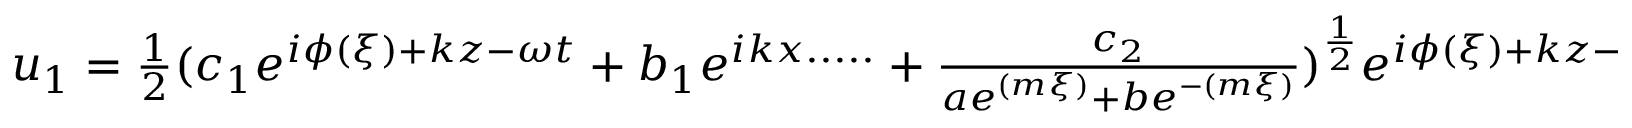
\begin{array} { r } { u _ { 1 } = \frac { 1 } { 2 } ( c _ { 1 } e ^ { i \phi ( \xi ) + k z - \omega t } + b _ { 1 } e ^ { i k x . . . . . } + \frac { c _ { 2 } } { a e ^ { ( m \xi ) } + b e ^ { - ( m \xi ) } } ) ^ { \frac { 1 } { 2 } } e ^ { i \phi ( \xi ) + k z - \omega t } } \end{array}